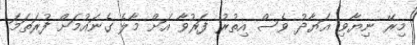
މިރޭ ނިޔާވި އަޔާދު ވެސް އިތުރު ފަރުވާ އަށް މާލެ ގެނައުމަށް ފުރަތަމަ